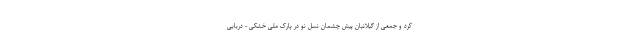
کرد و جمعی از گیلانیان پیش چشمان نسل نو در پارک ملی خشکی - دریایی